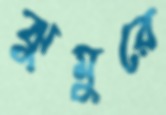
ঝুমুরে